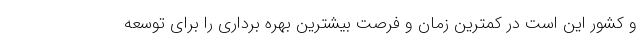
و کشور این است در کمترین زمان و فرصت بیشترین بهره برداری را برای توسعه